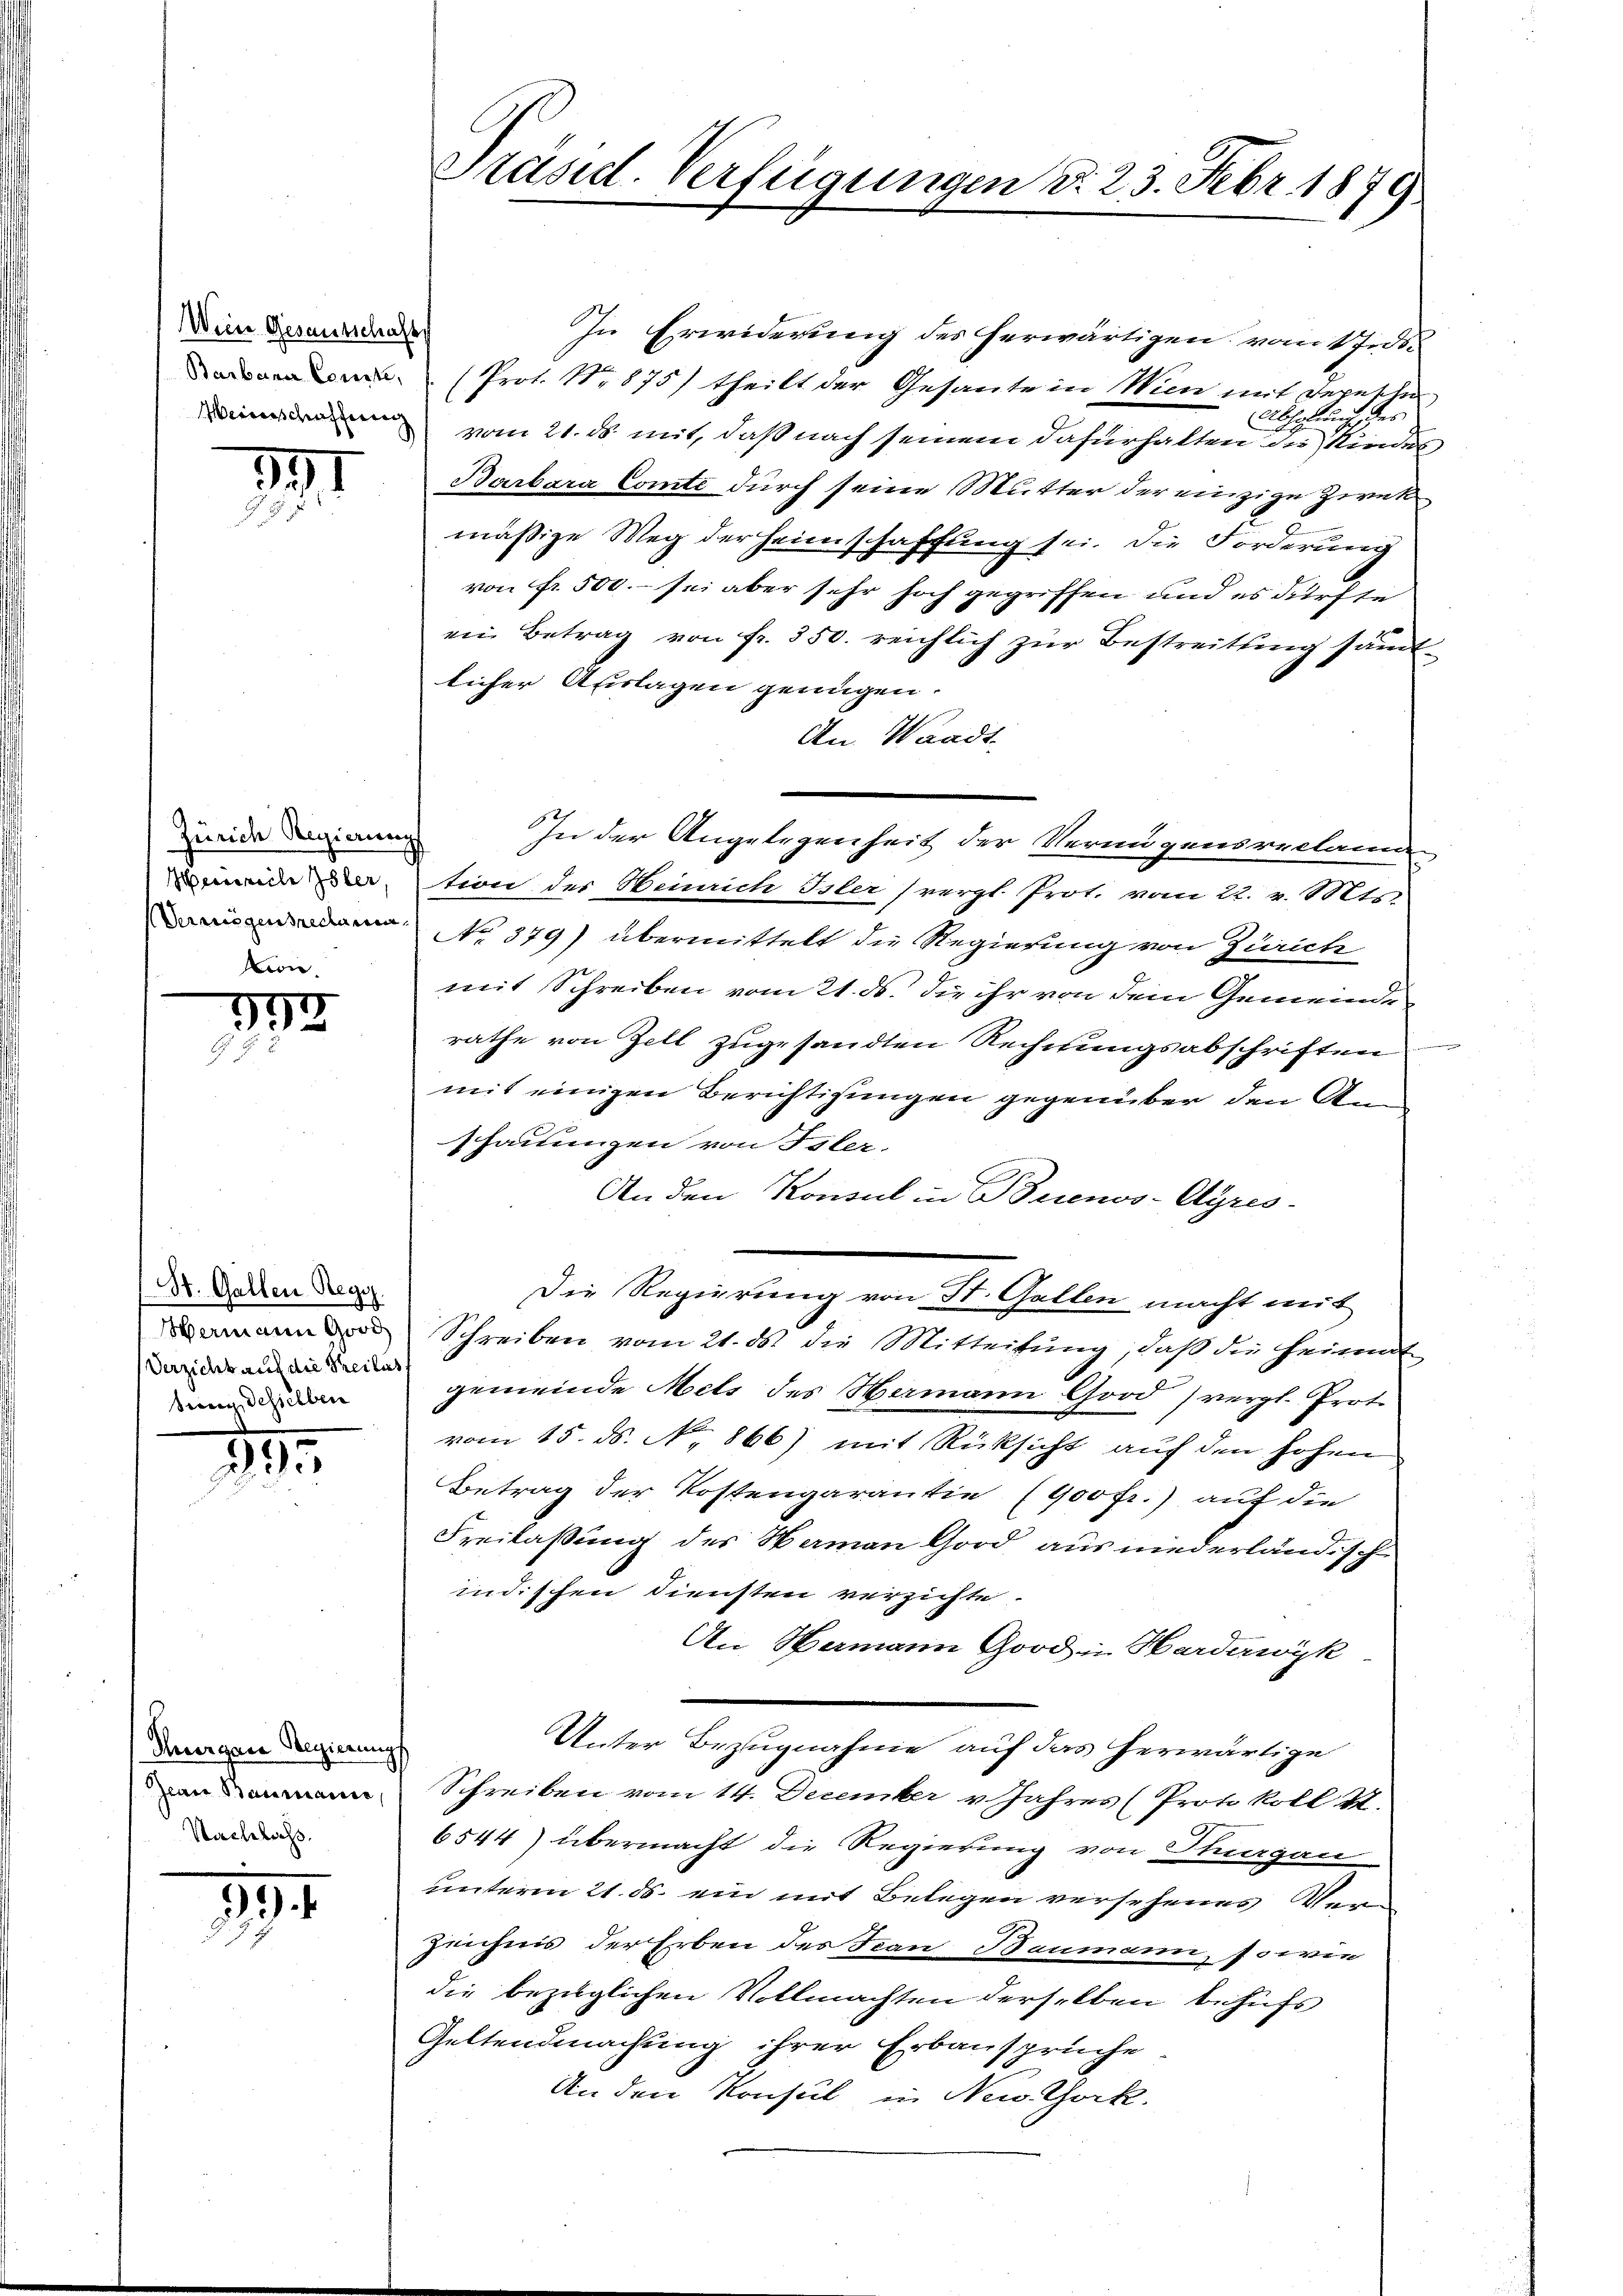
Wein Gesantschafts

.

Zürich Regierung
ione

.

St. Gallen Reg.
Verzicht auf die Teilus
bring desselben

1

Hergane Regierungs
Nachlass.

39

In Erwiderung des herwärtigen vom 1 Jndi
 (Prot. N. 875) theilt der Gesante in Wien mit Depesche
Abholen des
 vom 21. ds. mit, daß nach seinem dafürhalten der Kindes¬
Barbara Comte durch seine Mutter der einzige Zweckmäßige Weg der Heimschaffung sei. Die Forderung
von fr. 500. - sei aber sehr hoch gegriffen und es durfte
ein Betrag von fr. 350. reichlich zur Bestreitung sämt-
licher Auslagen genügen.
An Waadt,
In der Angelegenheit der Verangensreclamie
de dation des Heinrich Isler vergl. Prot. vom 22. v. Mts.
en No 379) übermittelt die Regierung von Zürich
mit Schreiben vom 21. ds. die ihr von dem Gemeinde
rathe von Zell zugesandten Rechnungsabschriften
mit einigen Berichtigungen gegenüber den An¬
Schauungen von Isler.
An den Konsul in Buenos-Ayres-
Die Regierung von St. Gallen macht mit
Schreiben vom 21. ds. die Mitteilung, daß die Heimat
gemeinde Mets des Hermann Good (vergl. Prot
vom 15. ds. No. 866) mit Rücksicht auf den hohen
Betrag der Kostengarantie (900 fr.) auf die
Freilassung des Namen Gord aus niederländisch
indischen Diensten verzichte.
An Namann Good in Harderwyk
Unter Bezugnahme auf das herwärtige
n Schreiben vom 14. December v Jahres (Protokoll II.
6544) übermacht die Regierung von Purgau
unterm 21. ds. ein mit Belegen versehenes Ver
Zeichnis der Erben des Frau Baumann, so wie
die bezüglichen Vollmachten derselben behufs
Geltendmachung ihrer Erbansprüche.
An den Konsul in New York

Präsid. Verfügungen d. 23. Febr. 1879